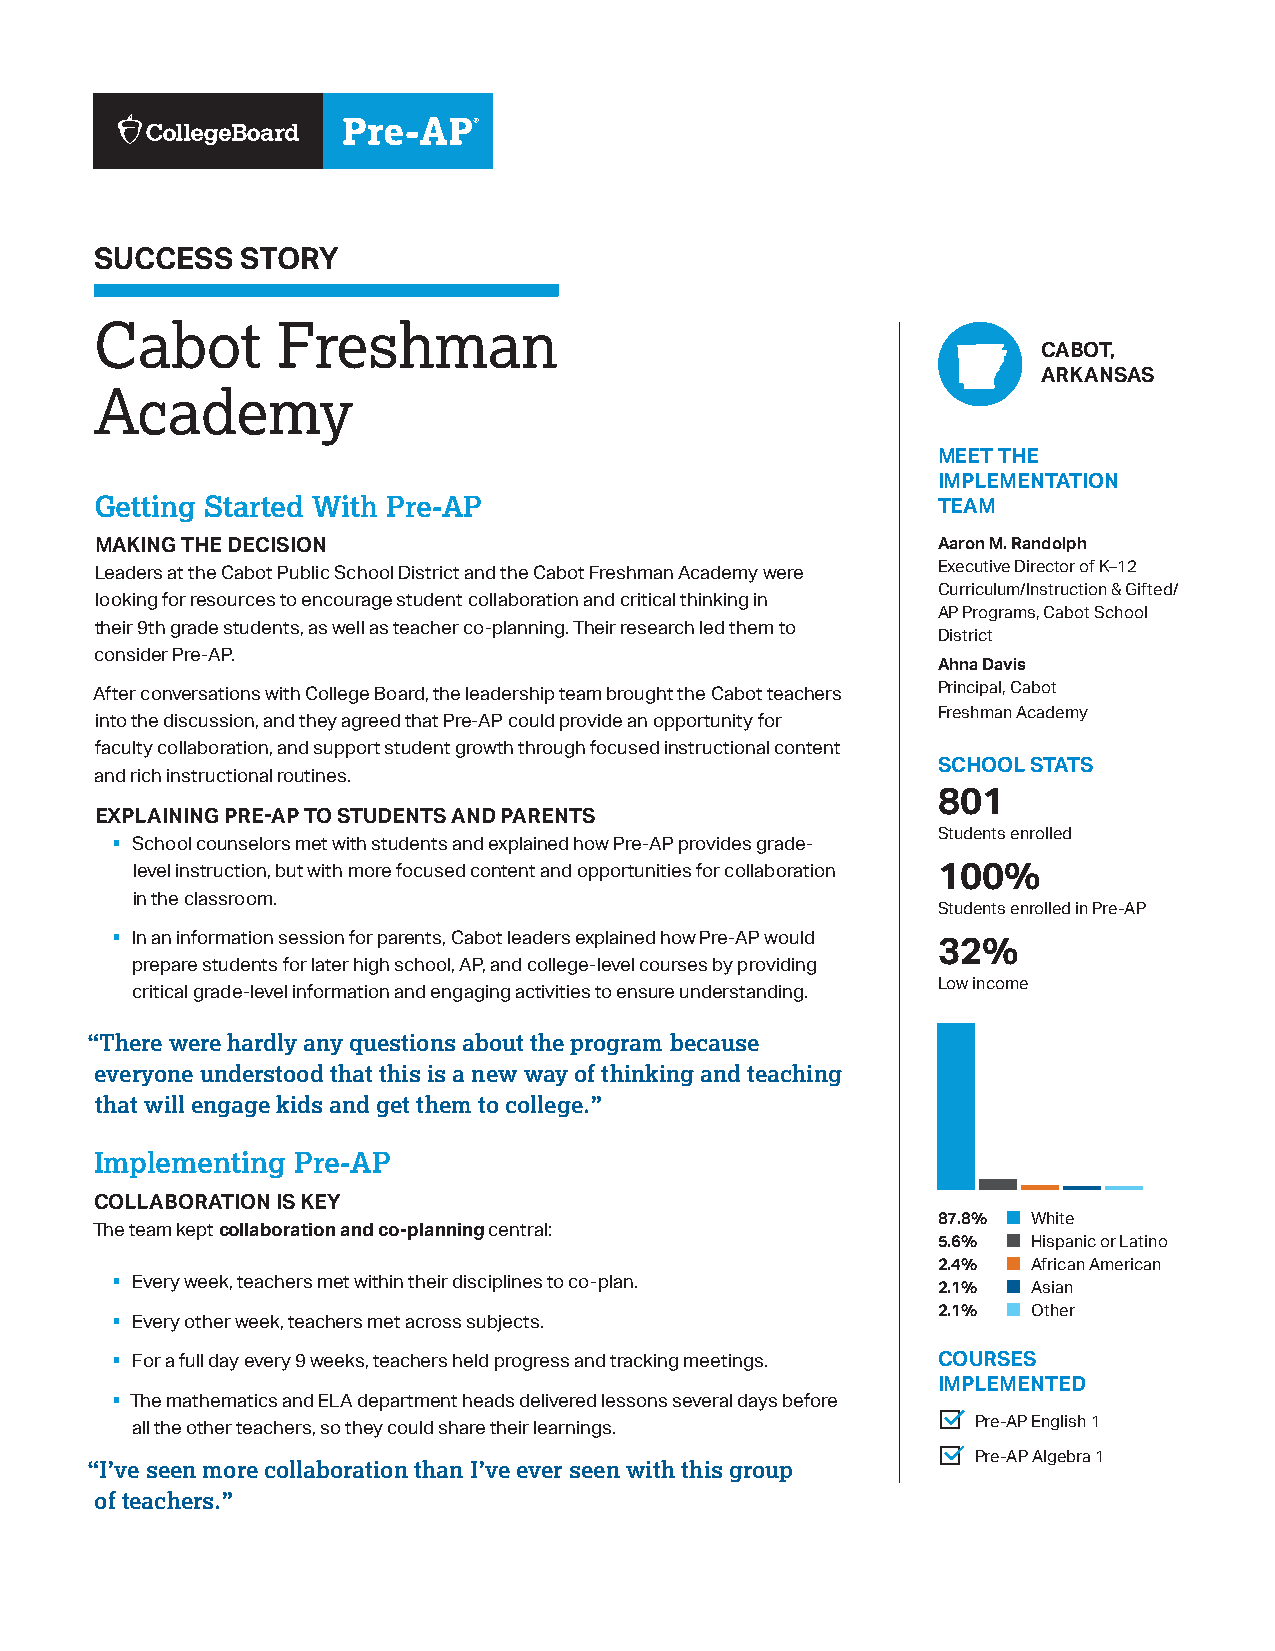
SUCCESS   STORY
 Cabot       Freshman
 CABOT,
 ARKANSAS
 Academy
 MEET THE
 IMPLEMENTATION
 Getting Started With Pre-AP
 TEAM
 MAKING THE DECISION                                     Aaron M. Randolph
 Executive Director of K–12
 Leaders at the Cabot Public School District and the Cabot Freshman Academy were
 Curriculum/Instruction & Gifted/
 looking for resources to encourage student collaboration and critical thinking in
 AP Programs, Cabot School
 their 9th grade students, as well as teacher co-planning. Their research led them to
 District
 consider Pre-AP.
 Ahna Davis
 Principal, Cabot
 After conversations with College Board, the leadership team brought the Cabot teachers
 Freshman Academy
 into the discussion, and they agreed that Pre-AP could provide an opportunity for
 faculty collaboration, and support student growth through focused instructional content
 SCHOOL STATS
 and rich instructional routines.
 801
 EXPLAINING PRE-AP TO STUDENTS AND PARENTS
 §                                                      Students enrolled
 School counselors met with students and explained how Pre-AP provides grade-
 level instruction, but with more focused content and opportunities for collaboration
 100%
 in the classroom.
 Students enrolled in Pre-AP
 §
 In an information session for parents, Cabot leaders explained how Pre-AP would
 32%
 prepare students for later high school, AP, and college-level courses by providing
 Low income
 critical grade-level information and engaging activities to ensure understanding.
 “There were hardly any questions about the program because
 everyone understood that this is a new way of thinking and teaching
 that will engage kids and get them to college.”
 Implementing  Pre-AP
 COLLABORATION IS KEY
 87.8% White
 The team kept collaboration and co-planning central:
 5.6%  Hispanic or Latino
 §                                                      2.4%  African American
 Every week, teachers met within their disciplines to co-plan. 2.1% Asian
 §                                                      2.1%  Other
 Every other week, teachers met across subjects.
 §
 For a full day every 9 weeks, teachers held progress and tracking meetings. COURSES
 §                                                      IMPLEMENTED
 The mathematics and ELA department heads delivered lessons several days before ¨
 Pre-AP English 1
 all the other teachers, so they could share their learnings.
 ¨
 “I’ve seen more collaboration than I’ve ever seen with this group Pre-AP Algebra 1
 of teachers.”